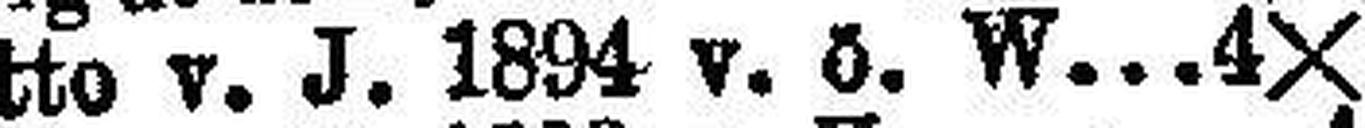
detto v. J. 1894 v. ö. W. 4X